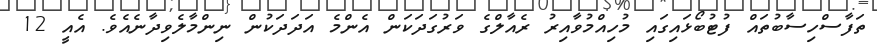
ތަފާސްހިސާބުތައް ފުޓުބޯޅައިގައި މުހިއްމުވާއިރު ރެއާލްގެ ވަރުގަދަކަން އެންމެ އަދަދަކުން ނިންމާލެވިދާނެއެވެ. އެއީ 12